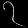
Digit: ၇